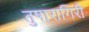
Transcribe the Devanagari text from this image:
तुषारागिरी